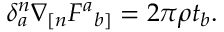
\begin{array} { r } { \delta _ { a } ^ { n } \nabla _ { [ n } F ^ { a } { } _ { b ] } = 2 \pi \rho t _ { b } . } \end{array}